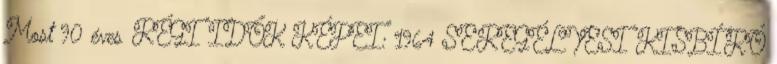
Most 90 éves RÉGI IDŐK KÉPEI: 1964 SEREGÉLYESI KISBÍRÓ